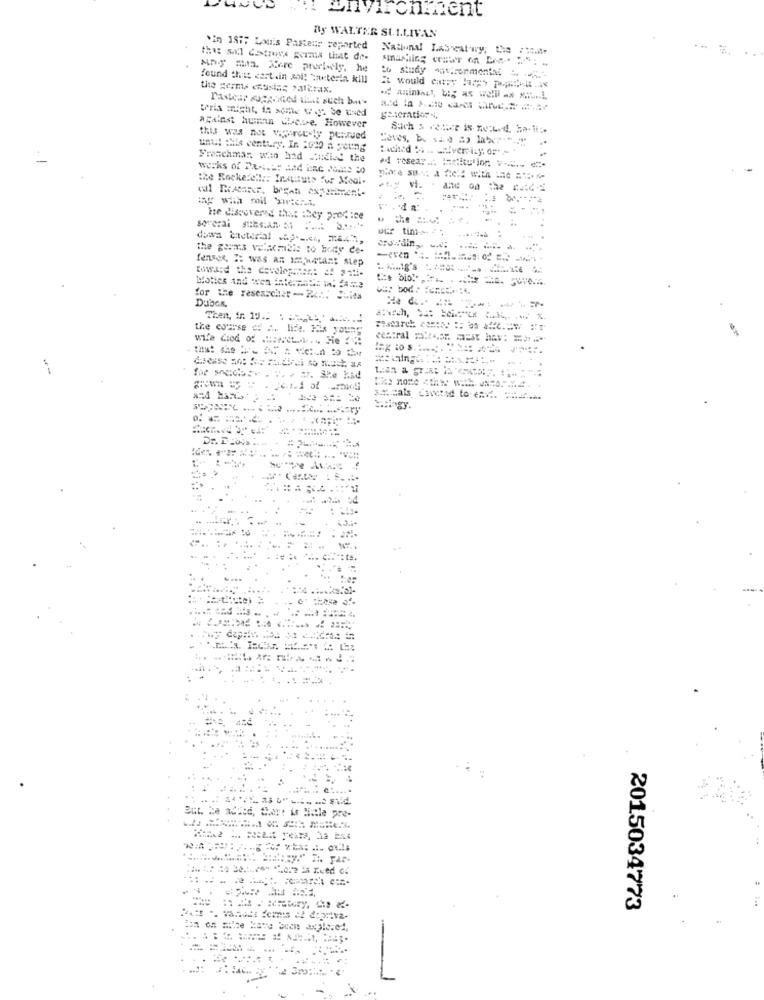
By WALTER SULLIVAN
*in 1877 Louis Pasteur reported
National Lasweat-wy, De
this sal Gastrys germa that de-
to study avironmontas
found that certain moi! "meterla kill
the germs ecuisine "altrax.
I would cy hap pe -.
Dasicar suggested that such bu-
teria might, in some Way. be used
generation N,
achlast human Sleeve. However
this was not vorce-ty perrued
unul :hle century. In 2020 a young
Freachmar, who had Studied the
the Rockedell :: Institute for Meal-
cal Reatarer, began experiment-
. da :.
soveral stesiAn. 3s
uur tim->4
fenses, I: Was AR IM;HALAnt ALep
toward the development & #12-
bloties and wen intermade In. ZAme
for the researcher-24 :. Jules
Dubas.
the course = =. lide. His young
stingy.
....
.......
..
But, be added, there is title pre-
2015034773